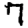
Digit: 7